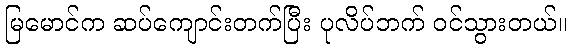
မြမောင်က ဆပ်ကျောင်းတက်ပြီး ပုလိပ်ဘက် ဝင်သွားတယ်။